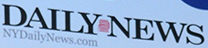
DAILY NEWS